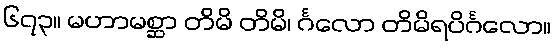
၆၇၃။ မဟာမစ္ဆာ တိမိ တိမိ၊ င်္ဂလော တိမိရပိင်္ဂလော။